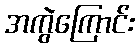
အကွဲကြောင်း